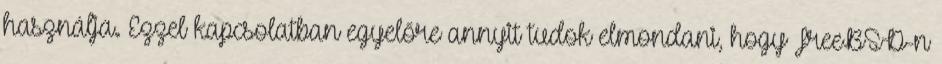
használja. Ezzel kapcsolatban egyelőre annyit tudok elmondani, hogy FreeBSD-n